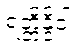
ရတ္တိန္ဒိဝါ